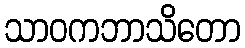
သာဝကဘာသိတော